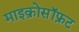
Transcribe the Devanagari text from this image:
माइक्रोसॉफ्रट